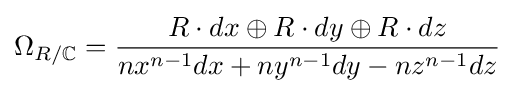
\Omega _{R/\mathbb {C} }={\frac {R\cdot dx\oplus R\cdot dy\oplus R\cdot dz}{nx^{n-1}dx+ny^{n-1}dy-nz^{n-1}dz}}